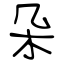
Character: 朵